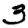
Digit: 3